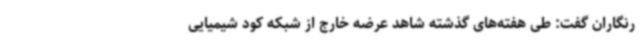
رنگاران گفت: طی هفته‌های گذشته شاهد عرضه خارج از شبکه کود شیمیایی